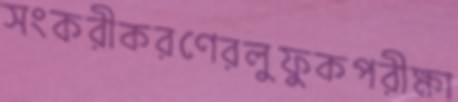
সংকরীকরণেরলুফুকপরীক্ষা